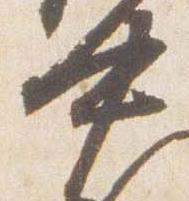
中